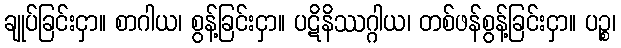
ချုပ်ခြင်းငှာ။ စာဂါယ၊ စွန့်ခြင်းငှာ။ ပဋိနိဿဂ္ဂါယ၊ တစ်ဖန်စွန့်ခြင်းငှာ။ ပဉ္စ၊